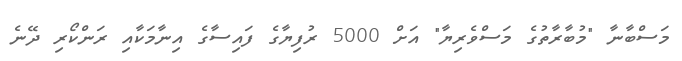
މަސްބާނާ "މުބާރާތުގެ މަސްވެރިޔާ" އަށް 5000 ރުފިޔާގެ ފައިސާގެ އިނާމަކާއި ރަންކޯރި ދޭނެ